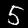
Digit: 5